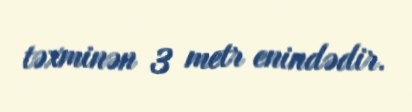
təxminən 3 metr enindədir.